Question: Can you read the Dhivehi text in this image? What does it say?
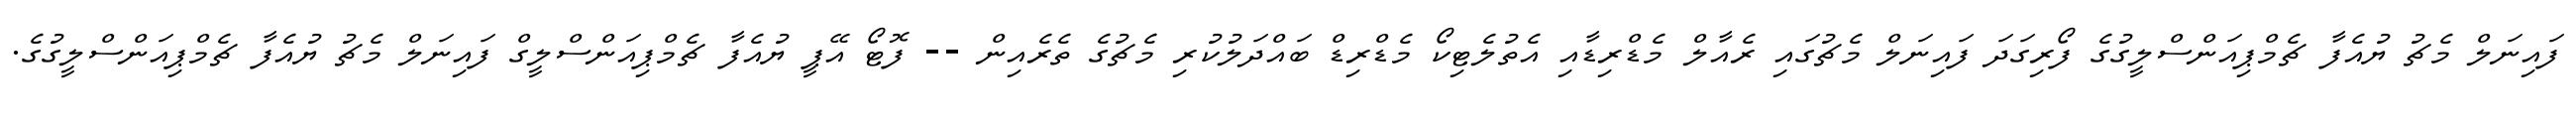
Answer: ފައިނަލް މެޗު ޔުއެފާ ޗެމްޕިއަންސްލީގުގެ ފޯރިގަދަ ފައިނަލް މެޗުގައި ރެއާލް މެޑްރިޑާއި އެތުލެޓިކޯ މެޑްރިޑް ބައްދަލުކުރި މެޗުގެ ތެރެއިން -- ފޮޓޯ އޭޕީ ޔުއެފާ ޗެމްޕިއަންސްލީގް ފައިނަލް މެޗު ޔުއެފާ ޗެމްޕިއަންސްލީގުގެ.